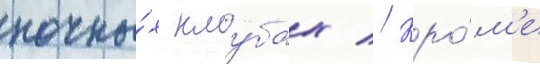
ночны́х клубах // Кро́м'е